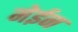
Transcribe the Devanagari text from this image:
मेईन